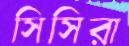
সিসিরা